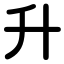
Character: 升